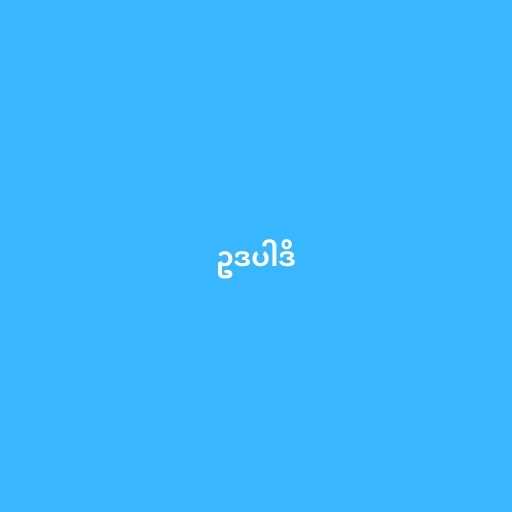
ဥဒပါဒိ